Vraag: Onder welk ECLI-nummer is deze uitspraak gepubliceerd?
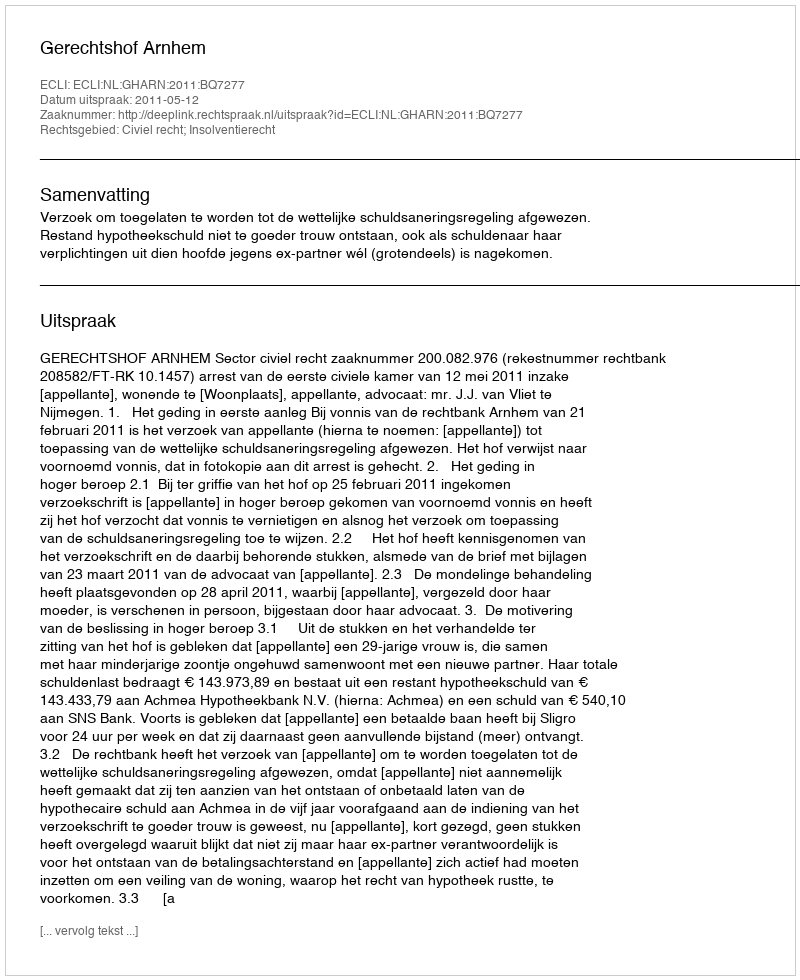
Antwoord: ECLI:NL:GHARN:2011:BQ7277